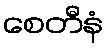
စေတီနံ